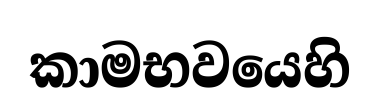
කාමභවයෙහි